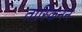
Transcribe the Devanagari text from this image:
तास्किनने